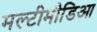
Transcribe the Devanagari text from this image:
मल्टीमीडिआ